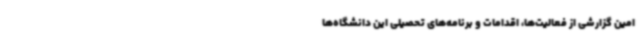
امین گزارشی از فعالیت‌ها، اقدامات و برنامه‌های تحصیلی این دانشگاه‌ها